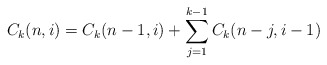
\begin{align*}C_k (n,i)=C_k(n-1,i)+ \sum_{j=1}^{k-1}C_k(n-j,i-1) \end{align*}